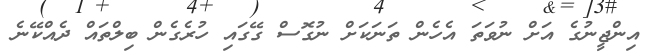
އިންޖީނުގެ އަށް ނުވަތަ އެހެން ތަނަކަށް ނުގޮސް ގޭގައި ހުރެގެން ބިލްތައް ދެއްކޭނެ